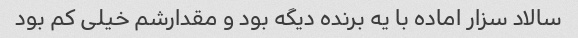
سالاد سزار اماده با یه برنده دیگه بود و مقدارشم خیلی کم بود